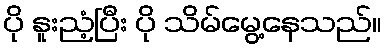
ပို နူးညံ့ပြီး ပို သိမ်မွေ့နေသည်။